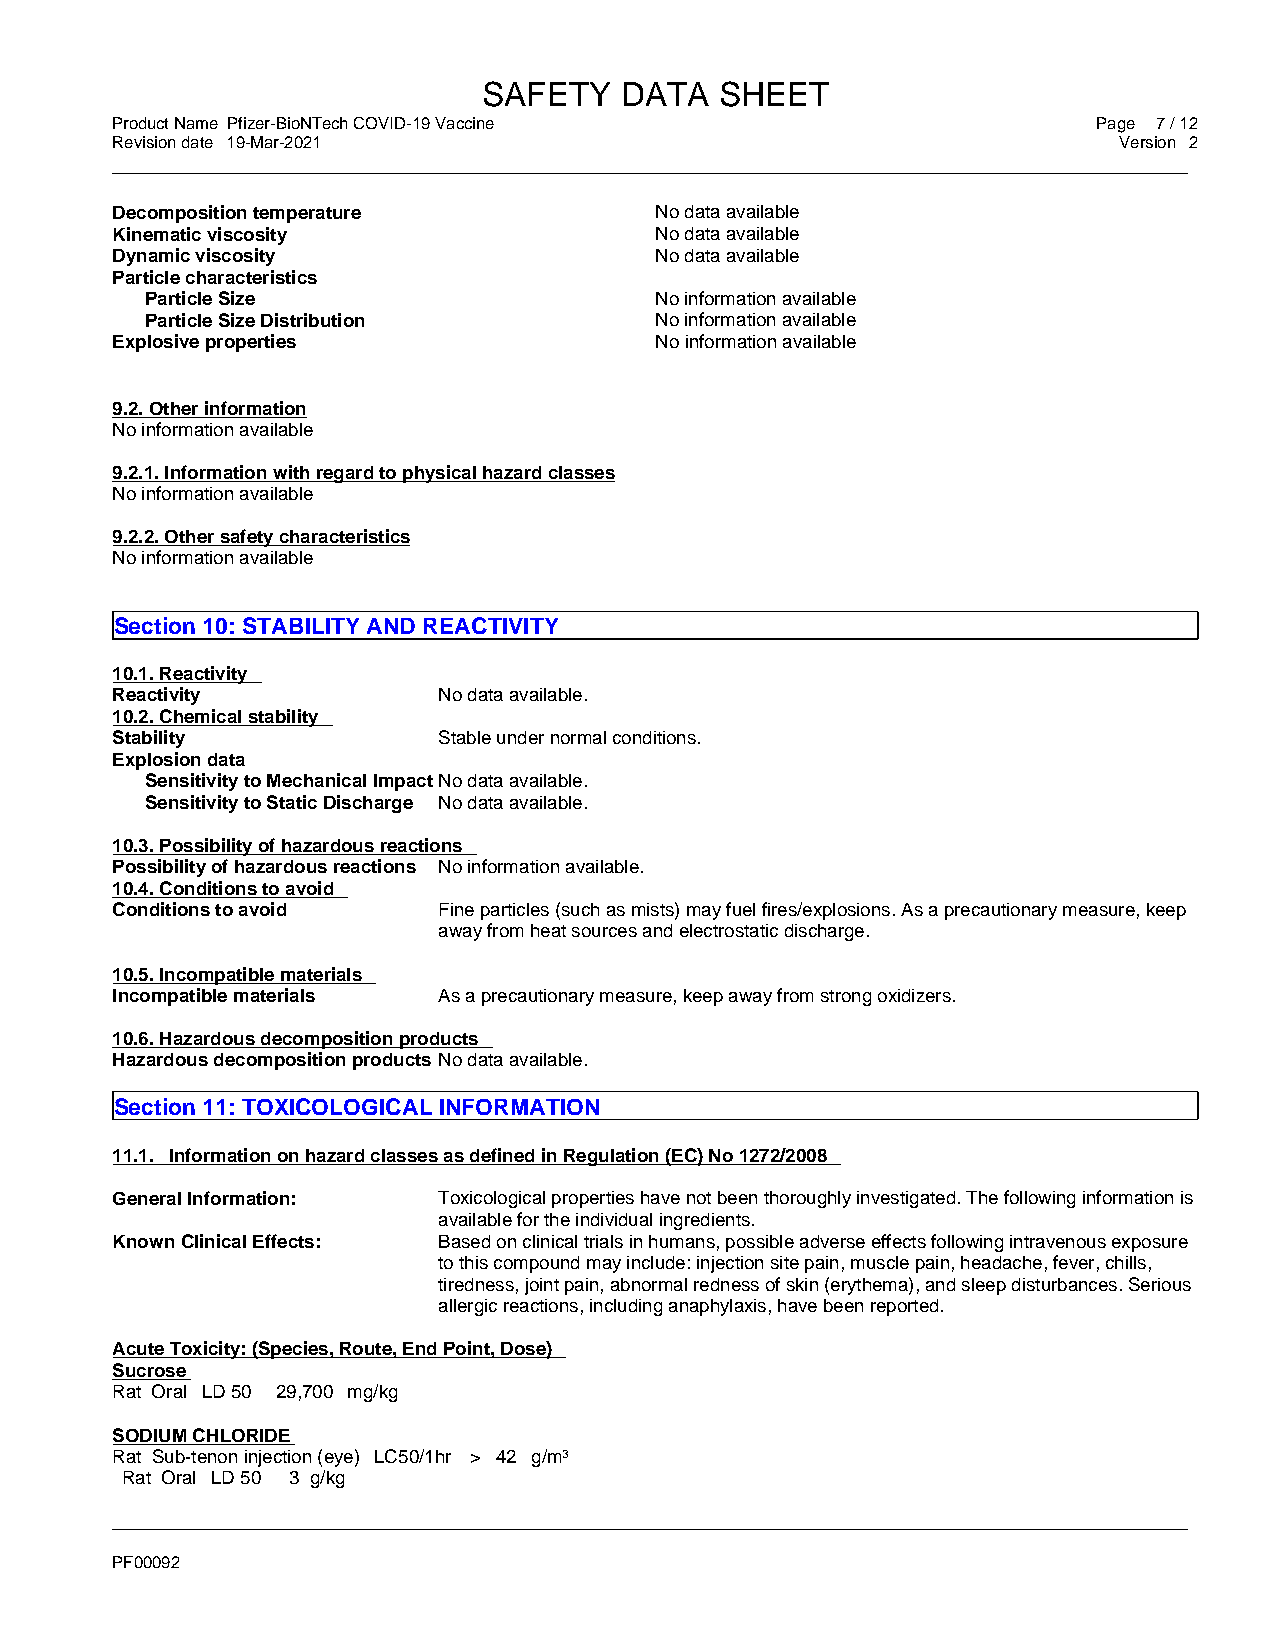
SAFETY   DATA   SHEET
 Product Name Pfizer-BioNTech COVID-19 Vaccine                     Page 7 / 12
 Revision date 19-Mar-2021                                          Version 2
 _____________________________________________________________________________________________
 Decomposition temperature           No data available
 Kinematic viscosity                 No data available
 Dynamic viscosity                   No data available
 Particle characteristics
 Particle Size                    No information available
 Particle Size Distribution       No information available
 Explosive properties                No information available
 9.2. Other information
 No information available
 9.2.1. Information with regard to physical hazard classes
 No information available
 9.2.2. Other safety characteristics
 No information available
 Section 10: STABILITY AND REACTIVITY
 10.1. Reactivity
 Reactivity            No data available.
 10.2. Chemical stability
 Stability             Stable under normal conditions.
 Explosion data
 Sensitivity to Mechanical Impact No data available.
 Sensitivity to Static Discharge No data available.
 10.3. Possibility of hazardous reactions
 Possibility of hazardous reactions No information available.
 10.4. Conditions to avoid
 Conditions to avoid   Fine particles (such as mists) may fuel fires/explosions. As a precautionary measure, keep
 away from heat sources and electrostatic discharge.
 10.5. Incompatible materials
 Incompatible materials As a precautionary measure, keep away from strong oxidizers.
 10.6. Hazardous decomposition products
 Hazardous decomposition products No data available.
 Section 11: TOXICOLOGICAL INFORMATION
 11.1. Information on hazard classes as defined in Regulation (EC) No 1272/2008
 General Information:  Toxicological properties have not been thoroughly investigated. The following information is
 available for the individual ingredients.
 Known Clinical Effects: Based on clinical trials in humans, possible adverse effects following intravenous exposure
 to this compound may include: injection site pain, muscle pain, headache, fever, chills,
 tiredness, joint pain, abnormal redness of skin (erythema), and sleep disturbances. Serious
 allergic reactions, including anaphylaxis, have been reported.
 Acute Toxicity: (Species, Route, End Point, Dose)
 Sucrose
 Rat Oral LD 50 29,700 mg/kg
 SODIUM CHLORIDE
 Rat Sub-tenon injection (eye) LC50/1hr > 42 g/m3
 Rat Oral LD 50 3 g/kg
 _____________________________________________________________________________________________
 PF00092